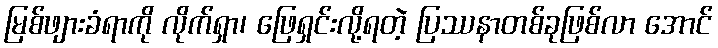
မြစ်ဖျားခံရာကို လိုက်ရှာ၊ ဖြေရှင်းလို့ရတဲ့ ပြဿနာတစ်ခုဖြစ်လာ အောင်